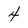
Character: 4